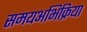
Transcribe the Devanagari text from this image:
समयअभिक्रिया